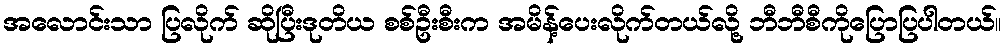
အလောင်းသာ ပြလိုက် ဆိုပြီးဒုတိယ စစ်ဦးစီးက အမိန့်ပေးလိုက်တယ်လို့ ဘီဘီစီကိုပြောပြပါတယ်။